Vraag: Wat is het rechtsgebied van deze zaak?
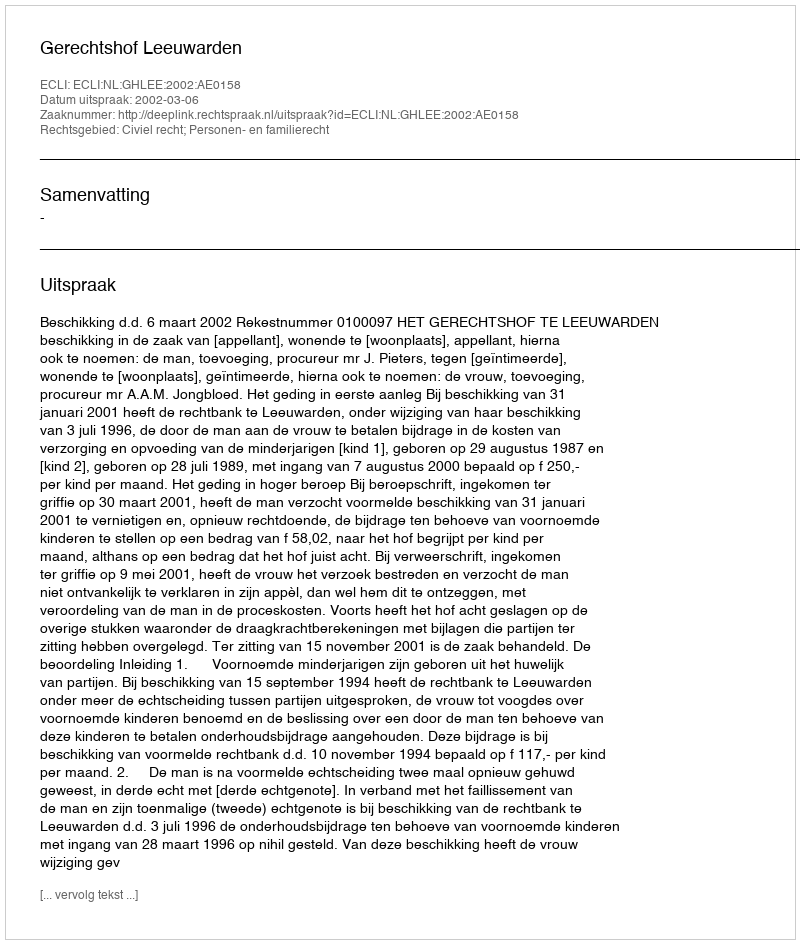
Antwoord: Civiel recht; Personen- en familierecht